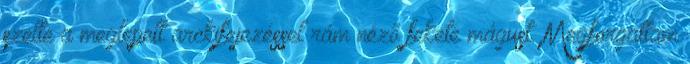
szelte a meglepett arckifejezéssel rám néző fekete mágust. Megforgattam